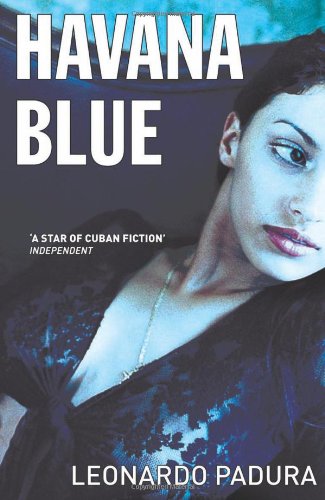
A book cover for Havana Blue; Leonardo Padura; Mystery, Thriller & Suspense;